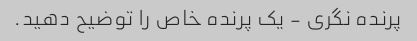
پرنده نگری - یک پرنده خاص را توضیح دهید.